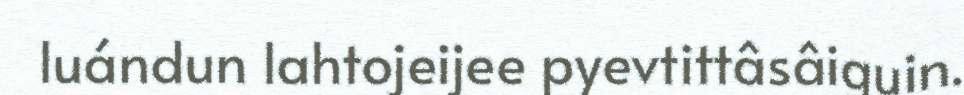
luándun lahtojeijee pyevtittâsâiguin.